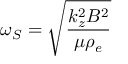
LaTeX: \omega _ { S } = { \sqrt { \frac { k _ { z } ^ { 2 } B ^ { 2 } } { \mu \rho _ { e } } } }